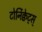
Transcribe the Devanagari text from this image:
टोर्निक्वेट्स्